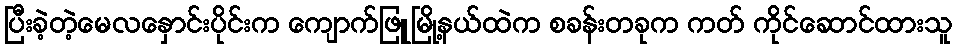
ပြီးခဲ့တဲ့မေလနှောင်းပိုင်းက ကျောက်ဖြူမြို့နယ်ထဲက စခန်းတခုက ကတ် ကိုင်ဆောင်ထားသူ